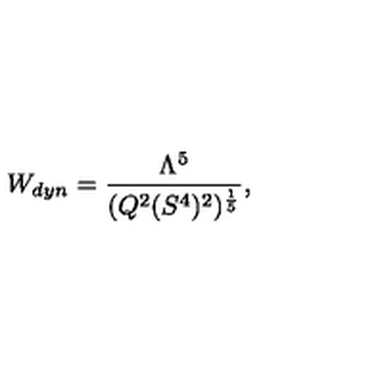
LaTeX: W _ { d y n } = \frac { \Lambda ^ { 5 } } { ( Q ^ { 2 } ( S ^ { 4 } ) ^ { 2 } ) ^ { \frac { 1 } { 5 } } } ,